King Institute of Preventive Medicine Bacteriolog. Section reports 1907-08
Year: 1907
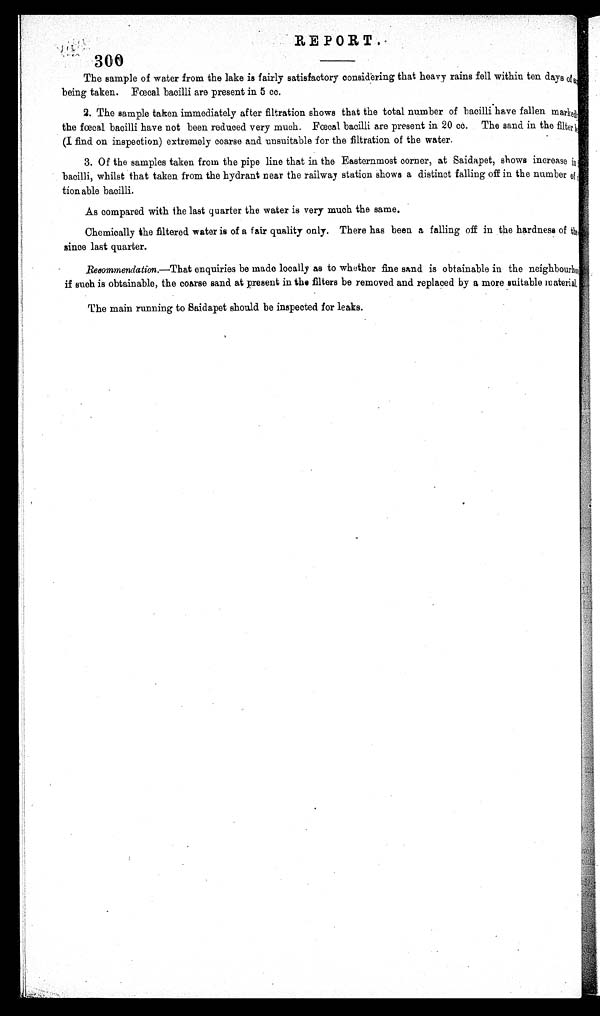
REPORT.
300
The sample of water from the lake is fairly satisfactory considering that heavy rains fell within ten days of
being taken. Faecal bacilli are present in 5 cc.
2. The sample taken immediately after filtration shows that the total number of bacilli have fallen marked,
the fœcal bacilli have not been reduced very much. Fœcal bacilli are present in 20 cc. The sand in the filter
(I find on inspection) extremely coarse and unsuitable for the filtration of the water.
3. Of the samples taken from the pipe line that in the Easternmost corner, at Saidapet, shows increase in
bacilli, whilst that taken from the hydrant near the railway station shows a distinct falling off in the number of
tion able bacilli.
As compared with the last quarter the water is very much the same.
Chemically the filtered water is of a fair quality only. There has been a falling off in the hardness of the
since last quarter.
Reoommendation.—That enquiries be made locally as to whether fine sand is obtainable in the neighbourhood
if such is obtainable, the coarse sand at present in the filters be removed and replaced by a more suitable material,
The main running to Saidapet should be inspected for leaks.